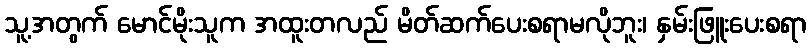
သူ့အတွက် မောင်မိုးသူက အထူးတလည် မိတ်ဆက်ပေးစရာမလိုဘူး၊ နှမ်းဖြူးပေးစရာ